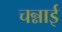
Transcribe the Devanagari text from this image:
चन्नाई